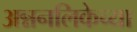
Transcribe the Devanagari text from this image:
अन्ननलिकेच्या